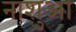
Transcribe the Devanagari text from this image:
नाशुआ